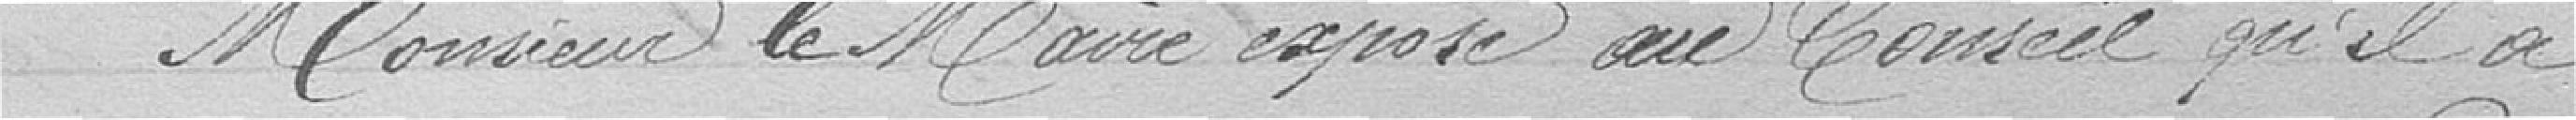
Monsieur le Maire expose au Conseil qu'il a